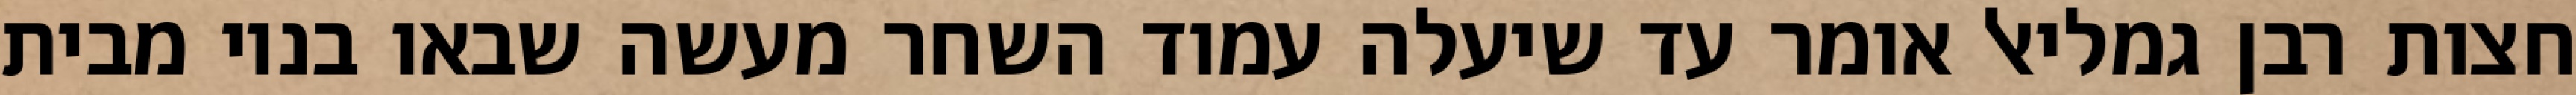
חצות רבן גמליאל אומר עד שיעלה עמוד השחר מעשה שבאו בניו מבית